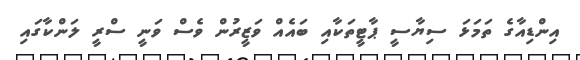
އިންޑިއާގެ ތަމަޅަ ސިޔާސީ ޕާޓީތަކާއި ބައެއް ވަޒީރުން ވެސް ވަނީ ސްރީ ލަންކާގައި